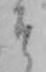
そ